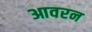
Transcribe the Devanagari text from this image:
आवरन